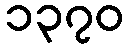
၁၃၇၀